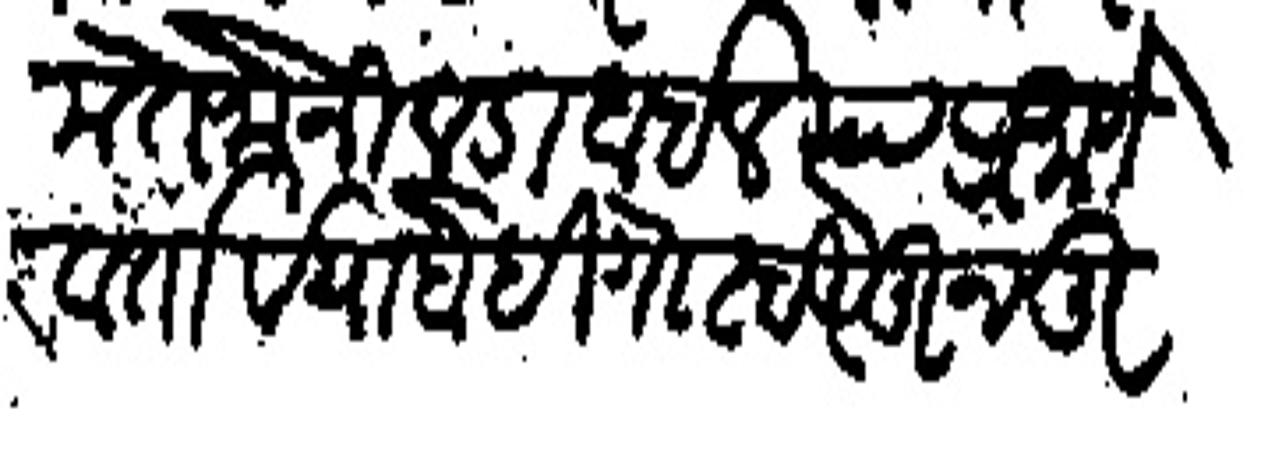
Transliteration (Devanagari): मते जो निवाडा होईल त्याप्रमाणे वर्तावे या दोही गोष्टीतून तू